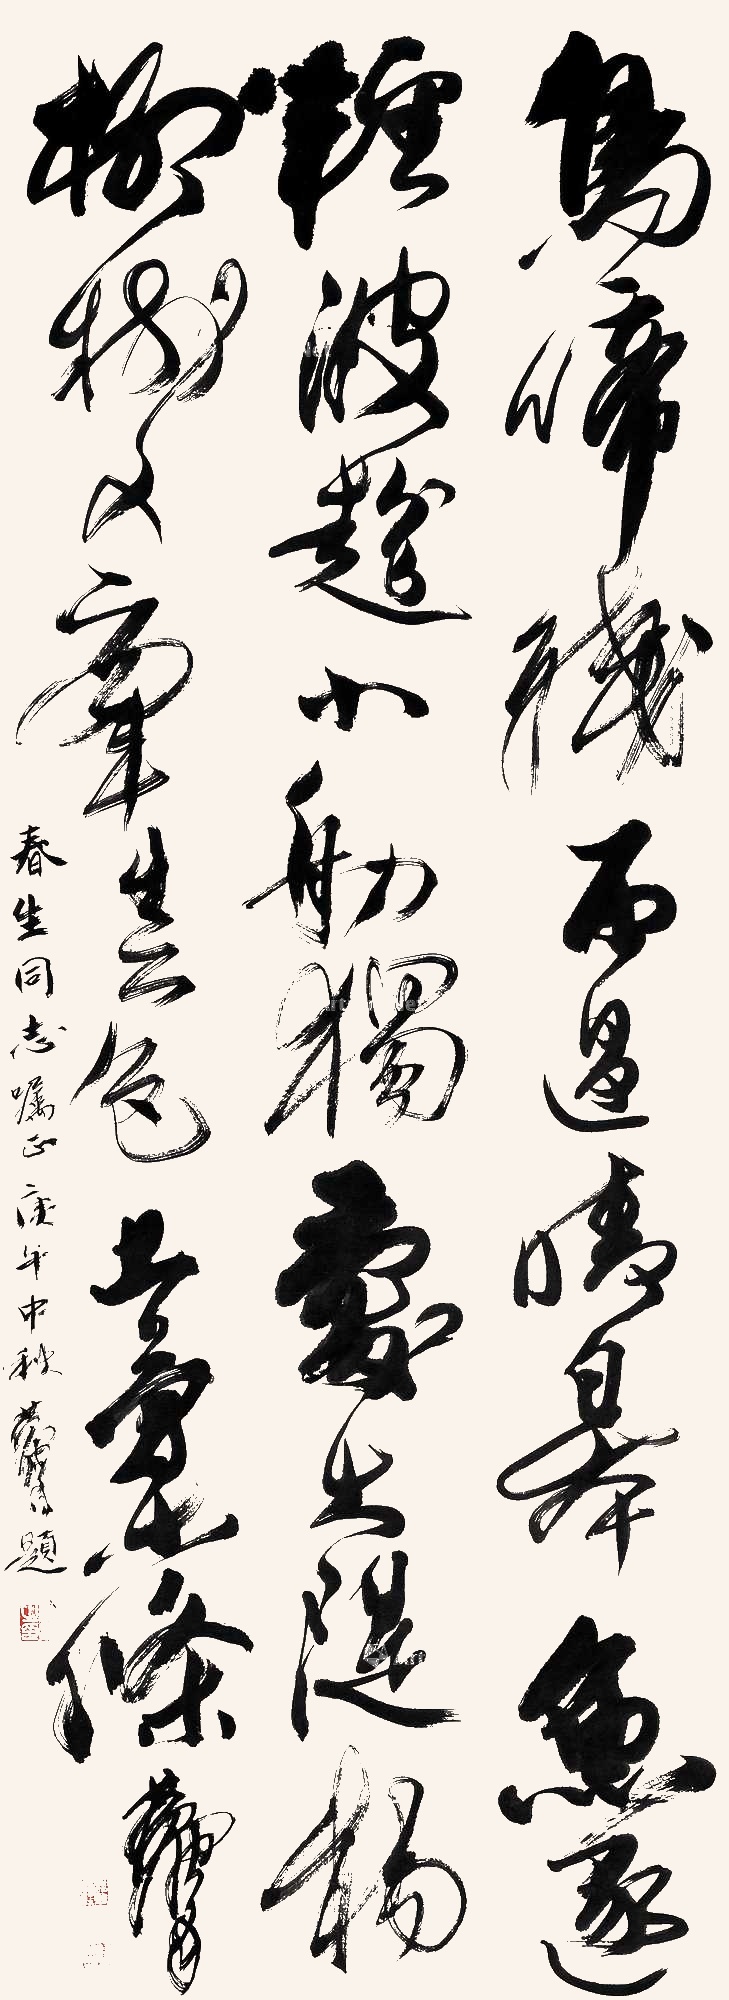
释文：鸟啼残雨过晴皋，鱼逐轻波趁小舠。独爱大堤杨柳树，又牵春色上柔条。春生同志嘱正。庚午中秋，黄胄题。